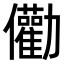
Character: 𠑧